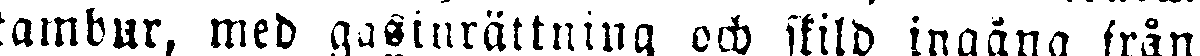
tambur, med gasinrättning och skild ingång från